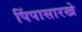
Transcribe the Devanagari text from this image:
पिंपासारखे